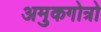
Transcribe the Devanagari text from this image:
अमुकगोत्रो